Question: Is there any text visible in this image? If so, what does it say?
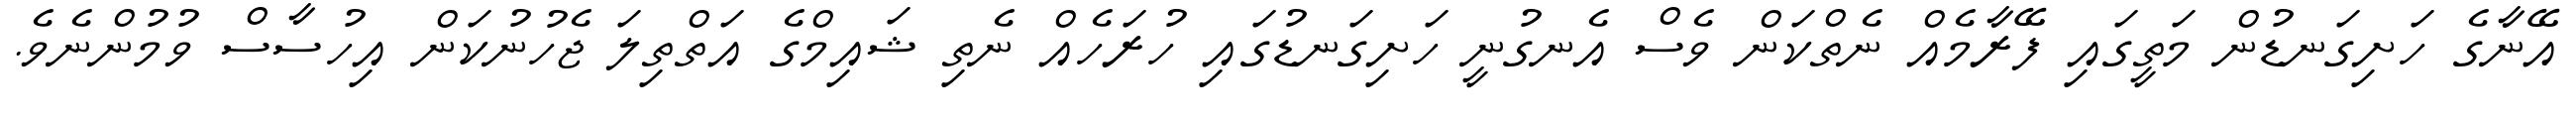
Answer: އޭނާގެ ހަށިގަނޑުން މަތީގައި ފޭރާމެއް ނެތްކަން ވެސް އެނގުނީ ހަށިގަނޑުގައި ހުރަހެއް ނެތި ޝައިމްގެ އަތްތިލަ ޖެހުނުކަން އިހުސާސް ވުމުންނެވެ.